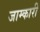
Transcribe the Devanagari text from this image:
जाम्कारी